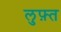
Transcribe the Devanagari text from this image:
लुफ़्त